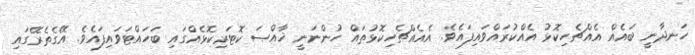
ހަނދާނީ ބައެއް އެއްޗެހިކޮޅު އެއްކުރައްވައިފައެވެ. އެއެއްޗެހިކޮޅުތައް ހުންނަނީ ޚާއްޞަ ކޮޓަރިކޮޅެއްގައި ބަހައްޓަވައިފައެވެ. އޭގެތެރޭގައި